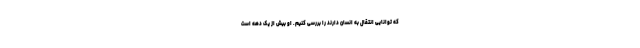
که توانایی انتقال به انسان دارند را بررسی کنیم. او بیش از یک دهه است